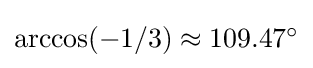
{\textstyle \arccos(-1/3)\approx 109.47^{\circ }}